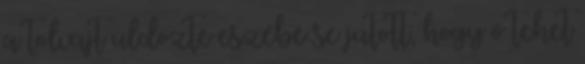
a tolvajt üldözte eszébe se jutott, hogy ő tehet